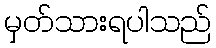
မှတ်သားရပါသည်